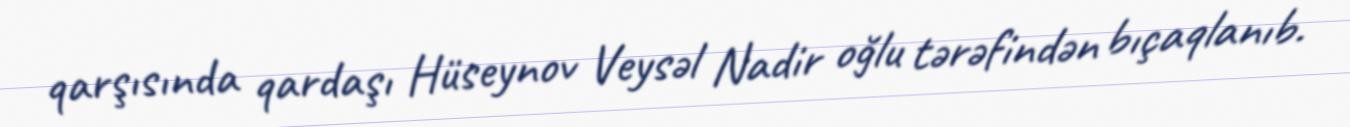
qarşısında qardaşı Hüseynov Veysəl Nadir oğlu tərəfindən bıçaqlanıb.